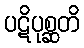
ပဋိပုစ္ဆတိ